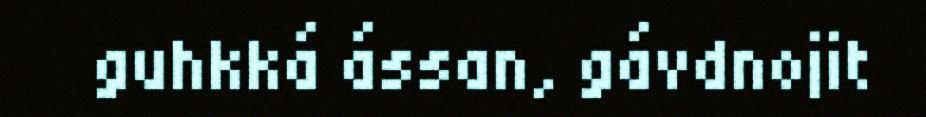
guhkká ássan, gávdnojit